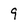
Character: 9